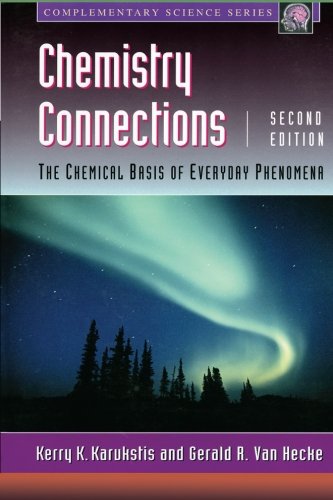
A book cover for Chemistry Connections, Volume ., Second Edition: The Chemical Basis of Everyday Phenomena (Complementary Science); Kerry K. Karukstis; Science & Math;